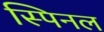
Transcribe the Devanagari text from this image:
स्पिनल